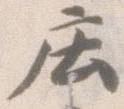
庄